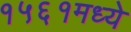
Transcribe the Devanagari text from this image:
१५६१मध्ये